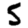
Digit: 5